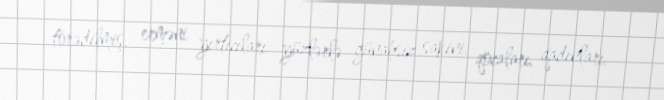
törədilmiş, erməni yırtıcıları yüzlərlə günahsız sakini, qocaları, qadınları,